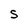
Character: S